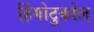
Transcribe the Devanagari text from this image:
हिंगोटुकोल